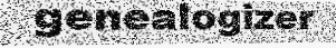
genealogizer